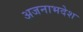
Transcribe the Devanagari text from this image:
अजनाभदेश